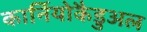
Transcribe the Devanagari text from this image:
कार्नियोकैडुअल